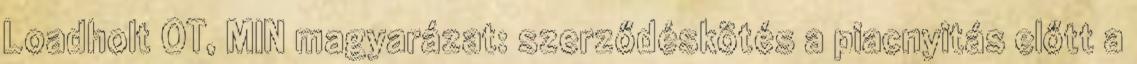
Loadholt OT, MIN magyarázat: szerződéskötés a piacnyitás előtt a